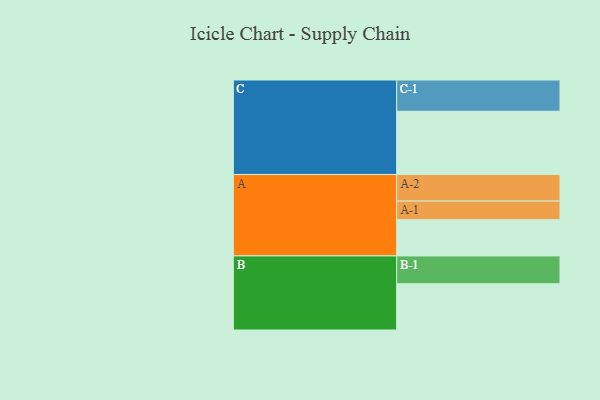
{"axis": {"x": "Segment", "y": "Value"}, "legend": ["", "A", "B", "C"], "data": [{"x": "A", "y": 339, "type": ""}, {"x": "B", "y": 433, "type": ""}, {"x": "C", "y": 592, "type": ""}, {"x": "A-1", "y": 175, "type": "A"}, {"x": "A-2", "y": 249, "type": "A"}, {"x": "B-1", "y": 261, "type": "B"}, {"x": "C-1", "y": 293, "type": "C"}]}